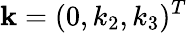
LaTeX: {\mathbf k}=(0,k_{2},k_{3})^{T}